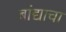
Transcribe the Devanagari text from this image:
बांद्याचा